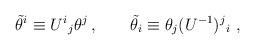
LaTeX: \begin{align*}\tilde{\theta}^i \equiv U^i{}_j \theta^j\,,\qquad\tilde{\theta}_i \equiv \theta_j (U^{-1})^j{}_i \ ,\end{align*}